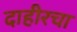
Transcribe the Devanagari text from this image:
दाहीरचा